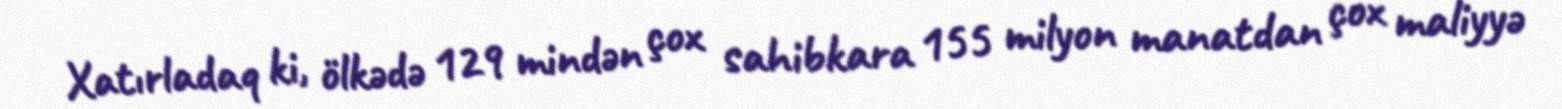
Xatırladaq ki, ölkədə 129 mindən çox sahibkara 155 milyon manatdan çox maliyyə